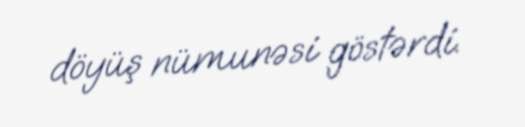
döyüş nümunəsi göstərdi.